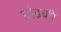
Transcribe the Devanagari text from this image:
घोडचौरे